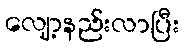
လျော့နည်းလာပြီး